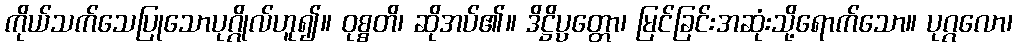
ကိုယ်သက်သေပြုသောပုဂ္ဂိုလ်ဟူ၍။ ဝုစ္စတိ၊ ဆိုအပ်၏။ ဒိဋ္ဌိပ္ပတ္တော၊ မြင်ခြင်းအဆုံးသို့ရောက်သော။ ပုဂ္ဂလော၊